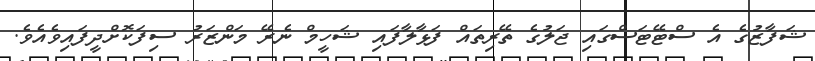
ޝަފާޒުގެ އެ ސްޓޭޓަސްގައި ޖަލުގެ ތޭރިތައް ފަޅާލާފައި ޝަހީމް ނެރޭ މަންޒަރު ސިފަކޮށްދީފައިވެއެވެ.